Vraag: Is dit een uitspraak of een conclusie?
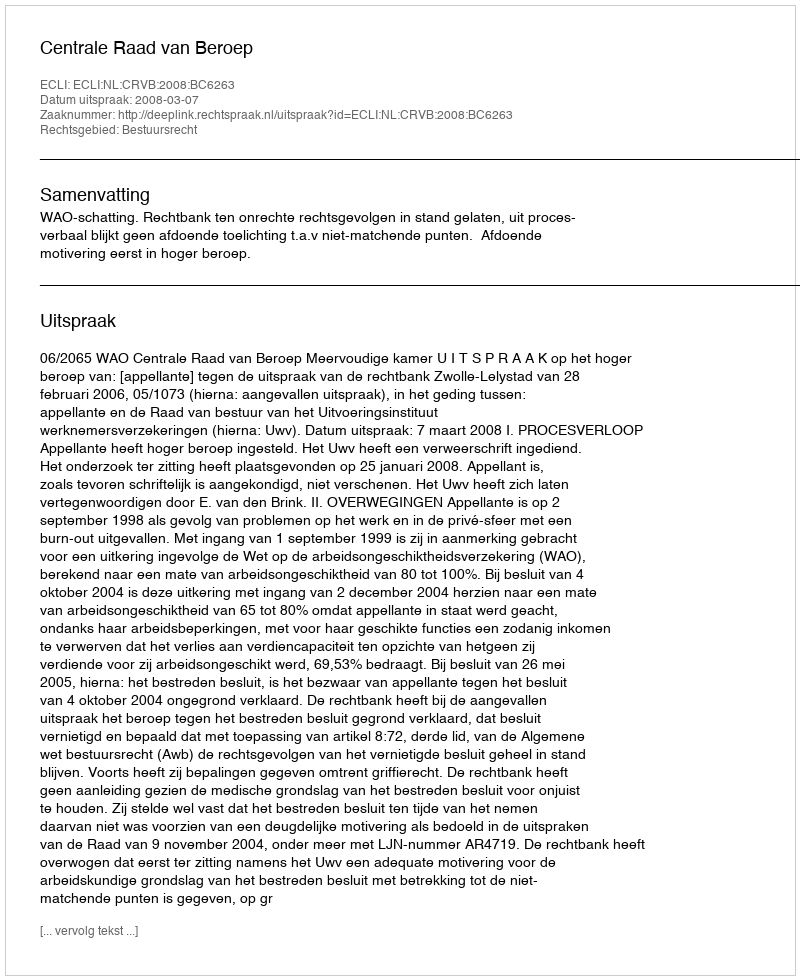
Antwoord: Uitspraak